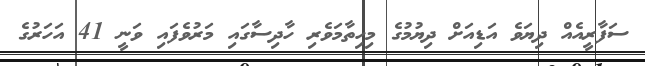
ސަފާރީއެއް ދިޔަވެ އަޑިއަށް ދިޔުމުގެ މިހިތާމަވެރި ހާދިސާގައި މަރުވެފައި ވަނީ 41 އަހަރުގެ